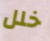
خلل